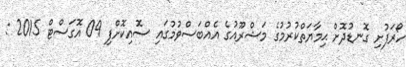
ހޯރަފުށި ގޮނޑުދޮށް ޙިމާޔަތްކުރުމުގެ މަޝްރޫއުގެ އެއްބަސްވުމުގައި ސޮއިކޮށްފި 09 އޮގަސްޓް 2015 :